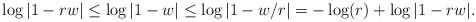
LaTeX: \begin{align*}\log|1-rw|\le \log|1-w| \le \log|1-w/r|=-\log(r)+\log|1-rw|. \end{align*}